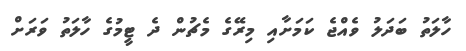
ހާލަތު ބަދަލު ވެއްޖެ ކަމަށާއި މިރޭގެ މެޗުން ދެ ޓީމުގެ ހާލަތު ވަރަށް